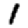
Digit: 1